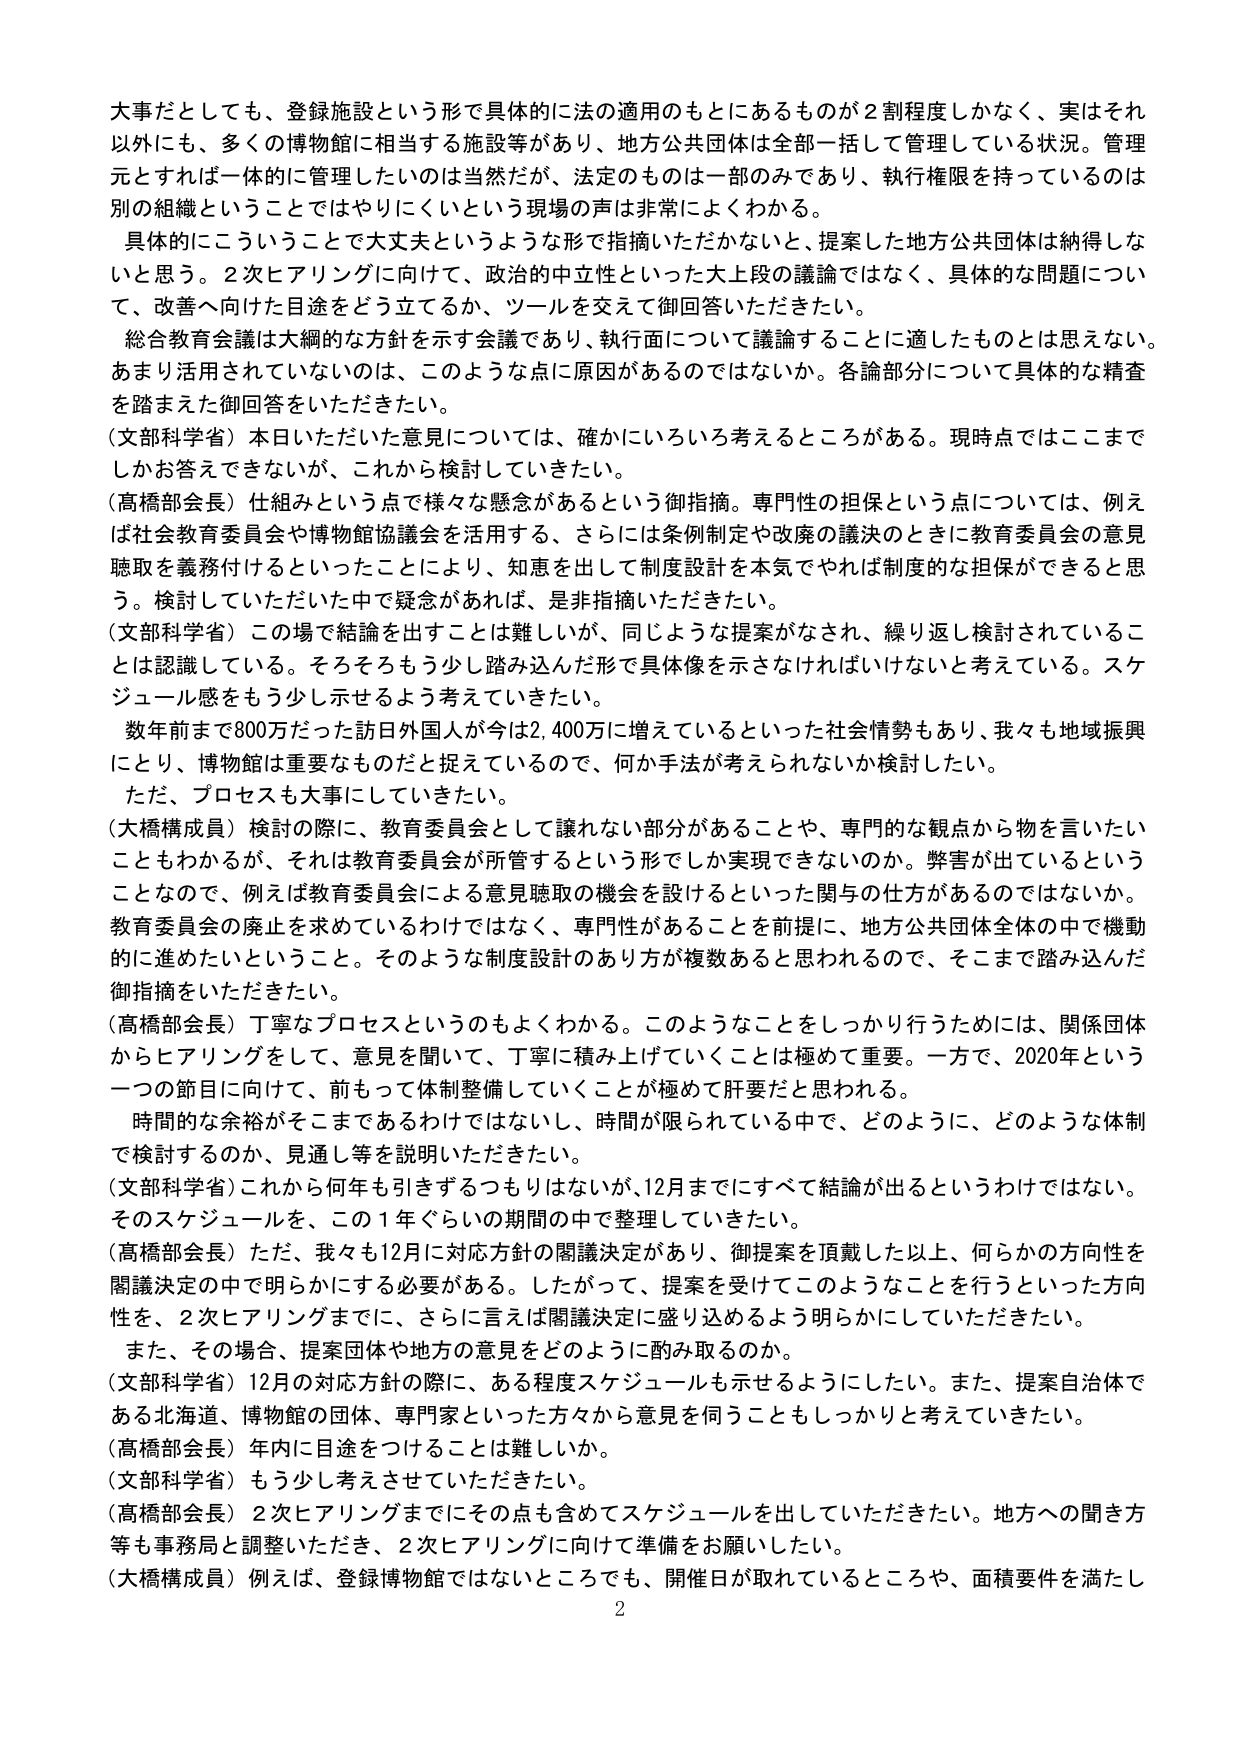
大事だとしても、登録施設という形で具体的に法の適用のもとにあるものが２割程度しかなく、実はそれ以外にも、多くの博物館に相当する施設等があり、地方公共団体は全部一括して管理している状況。管理元とすれば一体的に管理したいのは当然だが、法定のものは一部のみであり、執行権限を持っているのは別の組織ということではやりにくいという現場の声は非常によくわかる。

具体的にこういうことで大丈夫というような形で指摘いただかないと、提案した地方公共団体は納得しないと思う。２次ヒアリングに向けて、政治的中立性といった大上段の議論ではなく、具体的な問題について、改善へ向けた目途をどう立てるか、ツールを交えて御回答いただきたい。

総合教育会議は大綱的な方針を示す会議であり、執行面について議論することに適したものとは思えない。あまり活用されていないのは、このような点に原因があるのではないか。各論部分について具体的な精査を踏まえた御回答をいただきたい。

（文部科学省）本日いただいた意見については、確かにいろいろ考えるところがある。現時点ではここまでしかお答えできないが、これから検討していきたい。

（高橋部会長）仕組みという点で様々な懸念があるという御指摘。専門性の担保という点については、例えば社会教育委員会や博物館協議会を活用する、さらには条例制定や改廃の議決のときに教育委員会の意見聴取を義務付けるといったことにより、知恵を出して制度設計を本気でやれば制度的な担保ができると思う。検討していただいた中で疑念があれば、是非指摘いただきたい。

（文部科学省）この場で結論を出すことは難しいが、同じような提案がなされ、繰り返し検討されていることは認識している。そろそろもう少し踏み込んだ形で具体像を示さなければいけないと考えている。スケジュール感をもう少し示せるよう考えていきたい。

数年前まで800万だった訪日外国人が今2,400万に増えているといった社会情勢もあり、我々も地域振興にたいし、博物館は重要なものだと捉えているので、何か手法が考えられないか検討したい。

ただ、プロセスも大事にしていきたい。

（大橋構成員）検討の際に、教育委員会として譲れない部分があることや、専門的な観点から物を言いたいこともわかるが、それは教育委員会が所管するという形でしか実現できないのか。弊害が出ているということなので、例えば教育委員会による意見聴取の機会を設けるといった関与の仕方があるのではないか。教育委員会の廃止を求めているわけではなく、専門性があることを前提に、地方公共団体全体の中で機動的に進めたいということ。そのような制度設計のあり方が複数あると思われるので、そこまで踏み込んだ御指摘をいただきたい。

（高橋部会長）丁寧なプロセスというのもよくわかる。このようなことをしっかり行うためには、関係団体からヒアリングをして、意見を聞いて、丁寧に積み上げていくことは極めて重要。一方で、2020年という一つの節目に向けて、前もって体制整備していくことが極めて肝要だと思われる。

時間的な余裕がそこまであるわけではないし、時間が限られている中で、どのように、どのような体制で検討するのか、見通し等を説明いただきたい。

（文部科学省）これから何年も引きずるつもりはないが、12月までにすべて結論が出るというわけではない。そのスケジュールを、この１年ぐらいの期間の中で整理していきたい。

（高橋部会長）ただ、我々も12月に対応方針の閣議決定があり、御提案を頂戴した以上、何らかの方向性を閣議決定の中で明らかにする必要がある。したがって、提案を受けてこのようなことを行うといった方向性を、２次ヒアリングまでに、さらに言えば閣議決定に盛り込めるよう明らかにしていただきたい。

また、その場合、提案団体や地方の意見をどのように酌み取るのか。

（文部科学省）12月の対応方針の際に、ある程度スケジュールも示せるようにしたい。また、提案自治体である北海道、博物館の団体、専門家といった方々から意見を伺うこともしっかりと考えていきたい。

（高橋部会長）年内に目途をつけることは難しいか。

（文部科学省）もう少し考えさせていただきたい。

（高橋部会長）２次ヒアリングまでにその点も含めてスケジュールを出していただきたい。地方への聞き方等も事務局と調整いただき、２次ヒアリングに向けて準備をお願いしたい。

（大橋構成員）例えば、登録博物館ではないところでも、開催日が取れているところや、面積要件を満たし

2